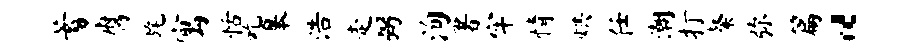
蓄腐旄寓恬吃皋浩走弼洵署牢情烘任潮打粲弥篇“